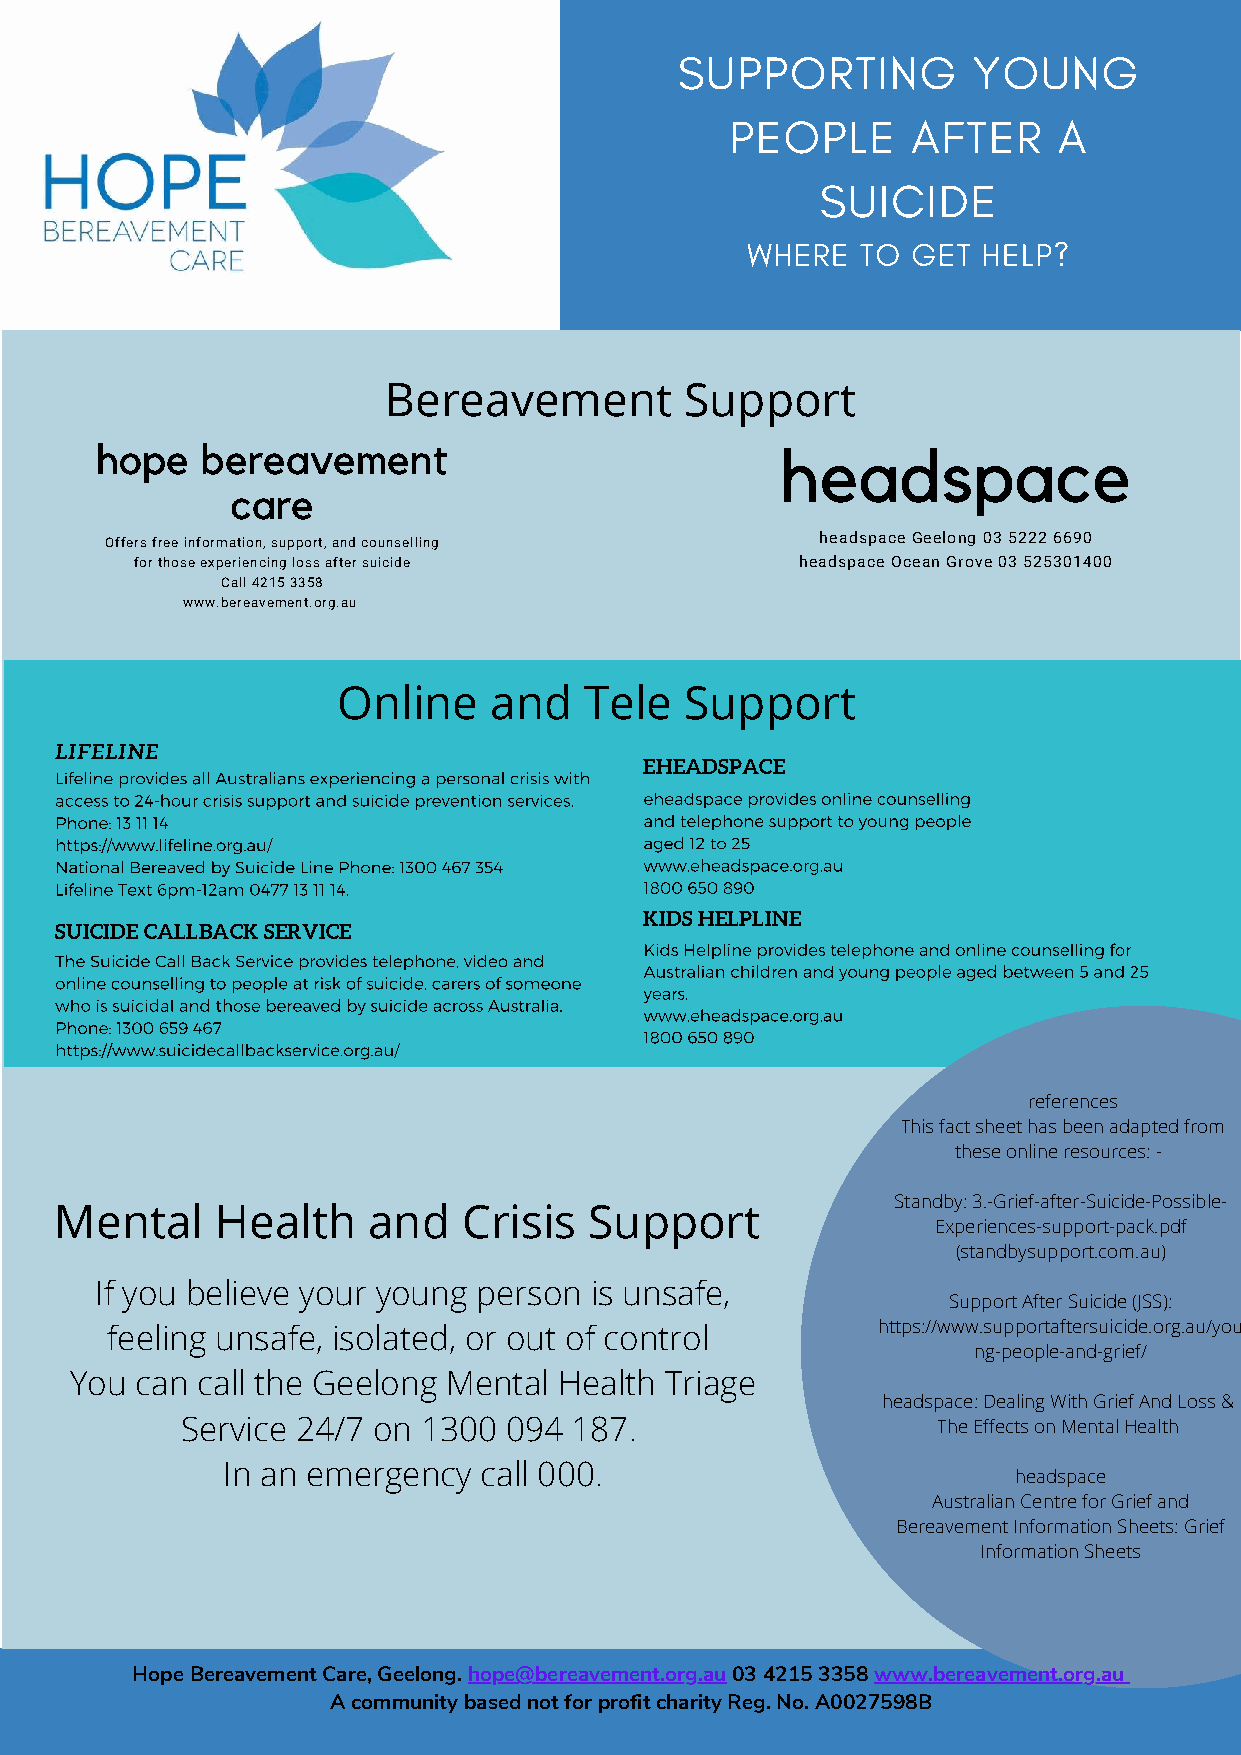
SUPPORTING         YOUNG
 PEOPLE      AFTER     A
 SUICIDE
 WHERE   TO GET  HELP?
 Bereavement         Support
 hope   bereavement                            headspace
 care
 Offers free information, support, and counselling headspace Geelong 03 5222 6690
 for those experiencing loss after suicide   headspace Ocean Grove 03 525301400
 Call 4215 3358
 www.bereavement.org.au
 Online    and    Tele  Support
 LIFELINE
 EHEADSPACE
 Lifeline provides all Australians experiencing a personal crisis with
 access to 24-hour crisis support and suicide prevention services. eheadspace provides online counselling
 Phone: 13 11 14                        and telephone support to young people
 https://www.lifeline.org.au/           aged 12 to 25
 National Bereaved by Suicide Line Phone: 1300 467 354 www.eheadspace.org.au
 Lifeline Text 6pm-12am 0477 13 11 14.  1800 650 890
 KIDS HELPLINE
 SUICIDE CALLBACK SERVICE
 Kids Helpline provides telephone and online counselling for
 The Suicide Call Back Service provides telephone, video and
 Australian children and young people aged between 5 and 25
 online counselling to people at risk of suicide, carers of someone
 years.
 who is suicidal and those bereaved by suicide across Australia.
 www.eheadspace.org.au
 Phone: 1300 659 467
 1800 650 890
 https://www.suicidecallbackservice.org.au/
 references
 This fact sheet has been adapted from
 these online resources: -
 Standby: 3.-Grief-after-Suicide-Possible-
 Mental    Health    and    Crisis  Support
 Experiences-support-pack.pdf
 (standbysupport.com.au)
 If you believe your young person is unsafe,
 Support After Suicide (JSS):
 https://www.supportaftersuicide.org.au/you
 feeling unsafe, isolated, or out of control
 ng-people-and-grief/
 You can call the Geelong Mental Health Triage
 headspace: Dealing With Grief And Loss &
 Service 24/7 on 1300 094  187.                    The Effects on Mental Health
 In an emergency  call 000.
 headspace
 Australian Centre for Grief and
 Bereavement Information Sheets: Grief
 Information Sheets
 Hope Bereavement Care, Geelong. hope@bereavement.org.au 03 4215 3358 www.bereavement.org.au
 A community based not for profit charity Reg. No. A0027598B